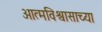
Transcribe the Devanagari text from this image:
आत्मविश्वासाच्या